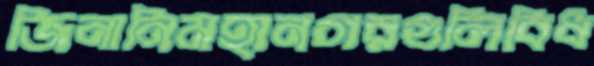
জিনানিমহানগরগুলিবিধ